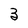
Character: 3